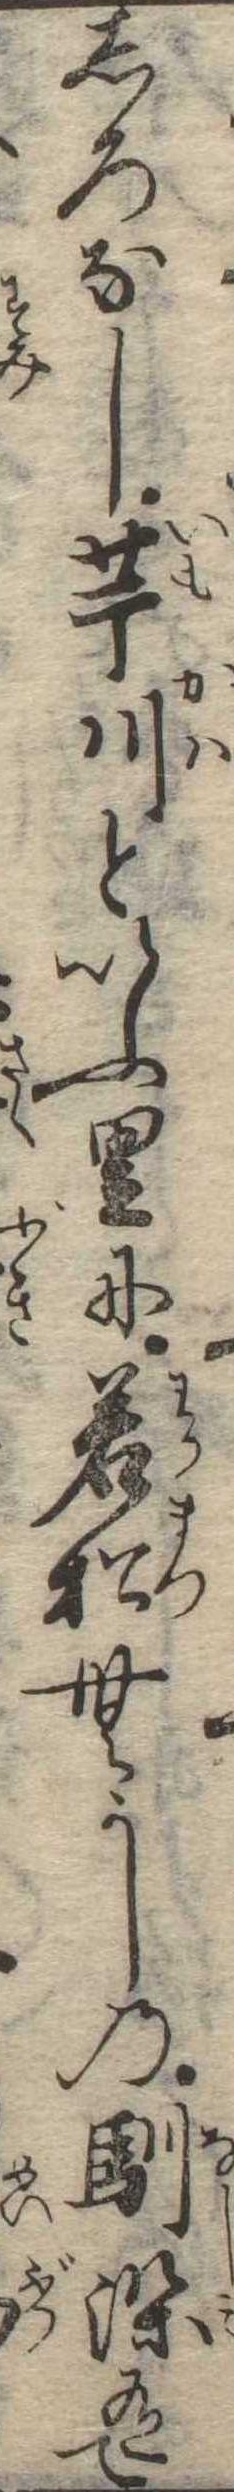
しろなし芋川といふ里に若松むかしの馴染有て